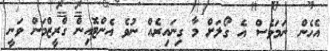
އެހެން ނަމަވެސް އެ ގޯލަށް މާ ގިނައިރެއް ނުވެ އެންޓޮއިން ގްރީޒްމަން ވަނީ